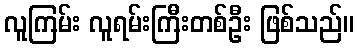
လူကြမ်း လူရမ်းကြီးတစ်ဦး ဖြစ်သည်။